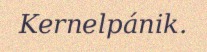
Kernelpánik.